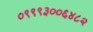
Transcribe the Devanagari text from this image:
०९९९३००६४८२